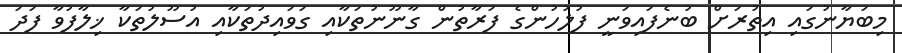
މިބަޔާނުގައި އިތުރަށް ބުނެފައިވަނީ ފުލުހުންގެ ފަރާތުން ގާނޫނުތަކާއި ގަވައިދުތަކާއި އުސޫލުތަކާ ޚިލާފުވާ ފަދަ